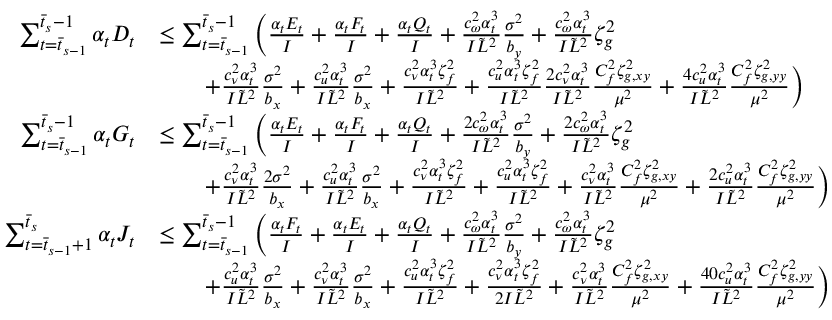
\begin{array} { r l } { \sum _ { t = \bar { t } _ { s - 1 } } ^ { \bar { t } _ { s } - 1 } \alpha _ { t } D _ { t } } & { \leq \sum _ { t = \bar { t } _ { s - 1 } } ^ { \bar { t } _ { s } - 1 } \bigg ( \frac { \alpha _ { t } E _ { t } } { I } + \frac { \alpha _ { t } F _ { t } } { I } + \frac { \alpha _ { t } Q _ { t } } { I } + \frac { c _ { \omega } ^ { 2 } \alpha _ { t } ^ { 3 } } { I \tilde { L } ^ { 2 } } \frac { \sigma ^ { 2 } } { b _ { y } } + \frac { c _ { \omega } ^ { 2 } \alpha _ { t } ^ { 3 } } { I \tilde { L } ^ { 2 } } \zeta _ { g } ^ { 2 } } \\ & { \qquad + \frac { c _ { \nu } ^ { 2 } \alpha _ { t } ^ { 3 } } { I \tilde { L } ^ { 2 } } \frac { \sigma ^ { 2 } } { b _ { x } } + \frac { c _ { u } ^ { 2 } \alpha _ { t } ^ { 3 } } { I \tilde { L } ^ { 2 } } \frac { \sigma ^ { 2 } } { b _ { x } } + \frac { c _ { \nu } ^ { 2 } \alpha _ { t } ^ { 3 } \zeta _ { f } ^ { 2 } } { I \tilde { L } ^ { 2 } } + \frac { c _ { u } ^ { 2 } \alpha _ { t } ^ { 3 } \zeta _ { f } ^ { 2 } } { I \tilde { L } ^ { 2 } } \frac { 2 c _ { \nu } ^ { 2 } \alpha _ { t } ^ { 3 } } { I \tilde { L } ^ { 2 } } \frac { C _ { f } ^ { 2 } \zeta _ { g , x y } ^ { 2 } } { \mu ^ { 2 } } + \frac { 4 c _ { u } ^ { 2 } \alpha _ { t } ^ { 3 } } { I \tilde { L } ^ { 2 } } \frac { C _ { f } ^ { 2 } \zeta _ { g , y y } ^ { 2 } } { \mu ^ { 2 } } \bigg ) } \\ { \sum _ { t = \bar { t } _ { s - 1 } } ^ { \bar { t } _ { s } - 1 } \alpha _ { t } G _ { t } } & { \leq \sum _ { t = \bar { t } _ { s - 1 } } ^ { \bar { t } _ { s } - 1 } \bigg ( \frac { \alpha _ { t } E _ { t } } { I } + \frac { \alpha _ { t } F _ { t } } { I } + \frac { \alpha _ { t } Q _ { t } } { I } + \frac { 2 c _ { \omega } ^ { 2 } \alpha _ { t } ^ { 3 } } { I \tilde { L } ^ { 2 } } \frac { \sigma ^ { 2 } } { b _ { y } } + \frac { 2 c _ { \omega } ^ { 2 } \alpha _ { t } ^ { 3 } } { I \tilde { L } ^ { 2 } } \zeta _ { g } ^ { 2 } } \\ & { \qquad + \frac { c _ { \nu } ^ { 2 } \alpha _ { t } ^ { 3 } } { I \tilde { L } ^ { 2 } } \frac { 2 \sigma ^ { 2 } } { b _ { x } } + \frac { c _ { u } ^ { 2 } \alpha _ { t } ^ { 3 } } { I \tilde { L } ^ { 2 } } \frac { \sigma ^ { 2 } } { b _ { x } } + \frac { c _ { \nu } ^ { 2 } \alpha _ { t } ^ { 3 } \zeta _ { f } ^ { 2 } } { I \tilde { L } ^ { 2 } } + \frac { c _ { u } ^ { 2 } \alpha _ { t } ^ { 3 } \zeta _ { f } ^ { 2 } } { I \tilde { L } ^ { 2 } } + \frac { c _ { \nu } ^ { 2 } \alpha _ { t } ^ { 3 } } { I \tilde { L } ^ { 2 } } \frac { C _ { f } ^ { 2 } \zeta _ { g , x y } ^ { 2 } } { \mu ^ { 2 } } + \frac { 2 c _ { u } ^ { 2 } \alpha _ { t } ^ { 3 } } { I \tilde { L } ^ { 2 } } \frac { C _ { f } ^ { 2 } \zeta _ { g , y y } ^ { 2 } } { \mu ^ { 2 } } \bigg ) } \\ { \sum _ { t = \bar { t } _ { s - 1 } + 1 } ^ { \bar { t } _ { s } } \alpha _ { t } J _ { t } } & { \leq \sum _ { t = \bar { t } _ { s - 1 } } ^ { \bar { t } _ { s } - 1 } \bigg ( \frac { \alpha _ { t } F _ { t } } { I } + \frac { \alpha _ { t } E _ { t } } { I } + \frac { \alpha _ { t } Q _ { t } } { I } + \frac { c _ { \omega } ^ { 2 } \alpha _ { t } ^ { 3 } } { I \tilde { L } ^ { 2 } } \frac { \sigma ^ { 2 } } { b _ { y } } + \frac { c _ { \omega } ^ { 2 } \alpha _ { t } ^ { 3 } } { I \tilde { L } ^ { 2 } } \zeta _ { g } ^ { 2 } } \\ & { \qquad + \frac { c _ { u } ^ { 2 } \alpha _ { t } ^ { 3 } } { I \tilde { L } ^ { 2 } } \frac { \sigma ^ { 2 } } { b _ { x } } + \frac { c _ { \nu } ^ { 2 } \alpha _ { t } ^ { 3 } } { I \tilde { L } ^ { 2 } } \frac { \sigma ^ { 2 } } { b _ { x } } + \frac { c _ { u } ^ { 2 } \alpha _ { t } ^ { 3 } \zeta _ { f } ^ { 2 } } { I \tilde { L } ^ { 2 } } + \frac { c _ { \nu } ^ { 2 } \alpha _ { t } ^ { 3 } \zeta _ { f } ^ { 2 } } { 2 I \tilde { L } ^ { 2 } } + \frac { c _ { \nu } ^ { 2 } \alpha _ { t } ^ { 3 } } { I \tilde { L } ^ { 2 } } \frac { C _ { f } ^ { 2 } \zeta _ { g , x y } ^ { 2 } } { \mu ^ { 2 } } + \frac { 4 0 c _ { u } ^ { 2 } \alpha _ { t } ^ { 3 } } { I \tilde { L } ^ { 2 } } \frac { C _ { f } ^ { 2 } \zeta _ { g , y y } ^ { 2 } } { \mu ^ { 2 } } \bigg ) } \end{array}